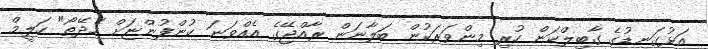
އަޅުގަނޑުގެ ގާބިލްކަން ހުރި މިންވަރަކުން ބަލާނަން ރާއްޖޭގެ އެއްވަނަ ކުންފުންޏަށް ހެދޭތޯ" ހަލީމް